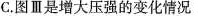
C.图Ⅲ是增大压强的变化情况